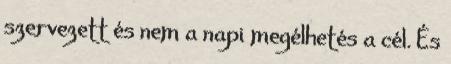
szervezett és nem a napi megélhetés a cél. És